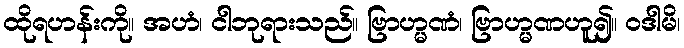
ထိုရဟန်းကို။ အဟံ၊ ငါဘုရားသည်။ ဗြာဟ္မဏံ၊ ဗြာဟ္မဏဟူ၍။ ဝဒါမိ၊